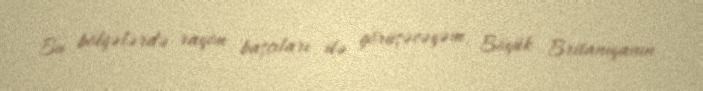
Bu bölgələrdə rayon başçıları ilə görüşəcəyəm, Böyük Britaniyanın